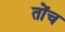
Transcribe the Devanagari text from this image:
तोंच